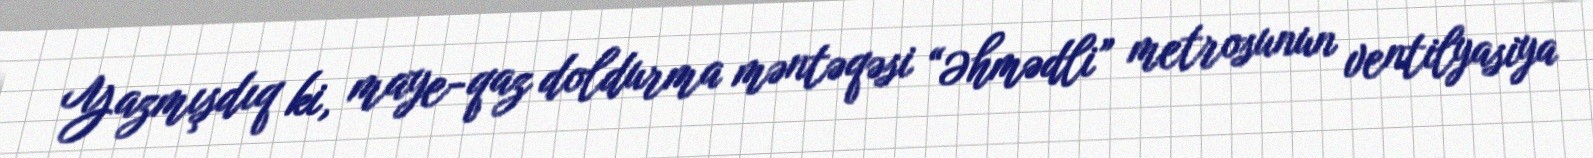
Yazmışdıq ki, maye-qaz doldurma məntəqəsi “Əhmədli” metrosunun ventilyasiya